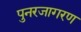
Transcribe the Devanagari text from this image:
पुनरजागरण